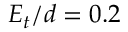
E _ { t } / d = 0 . 2